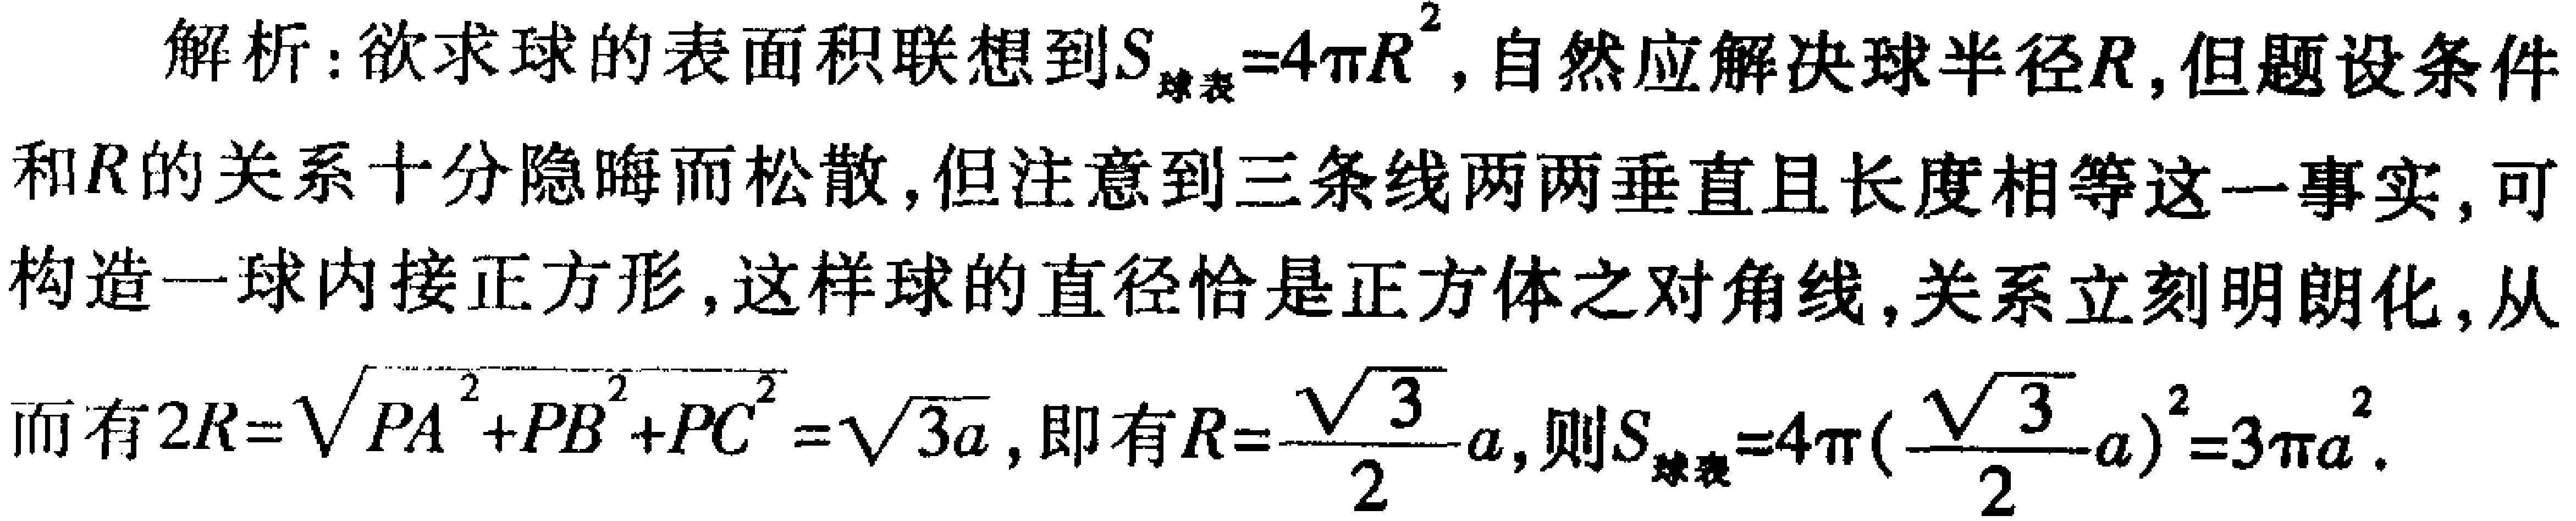
解析：欲求球的表面积联想到\(S_{球表}=4\pi R^{2}\)，自然应解决球半径\(R\)，但题设条件和\(R\)的关系十分隐晦而松散，但注意到三条线两两垂直且长度相等这一事实，可构造一球内接正方形，这样球的直径恰是正方体之对角线，关系立刻明朗化，从而有\(2R = \sqrt{PA^{2}+PB^{2}+PC^{2}}=\sqrt{3a}\)，即有\(R = \frac{\sqrt{3}}{2}a\)，则\(S_{球表}=4\pi(\frac{\sqrt{3}}{2}a)^{2}=3\pi a^{2}\)。